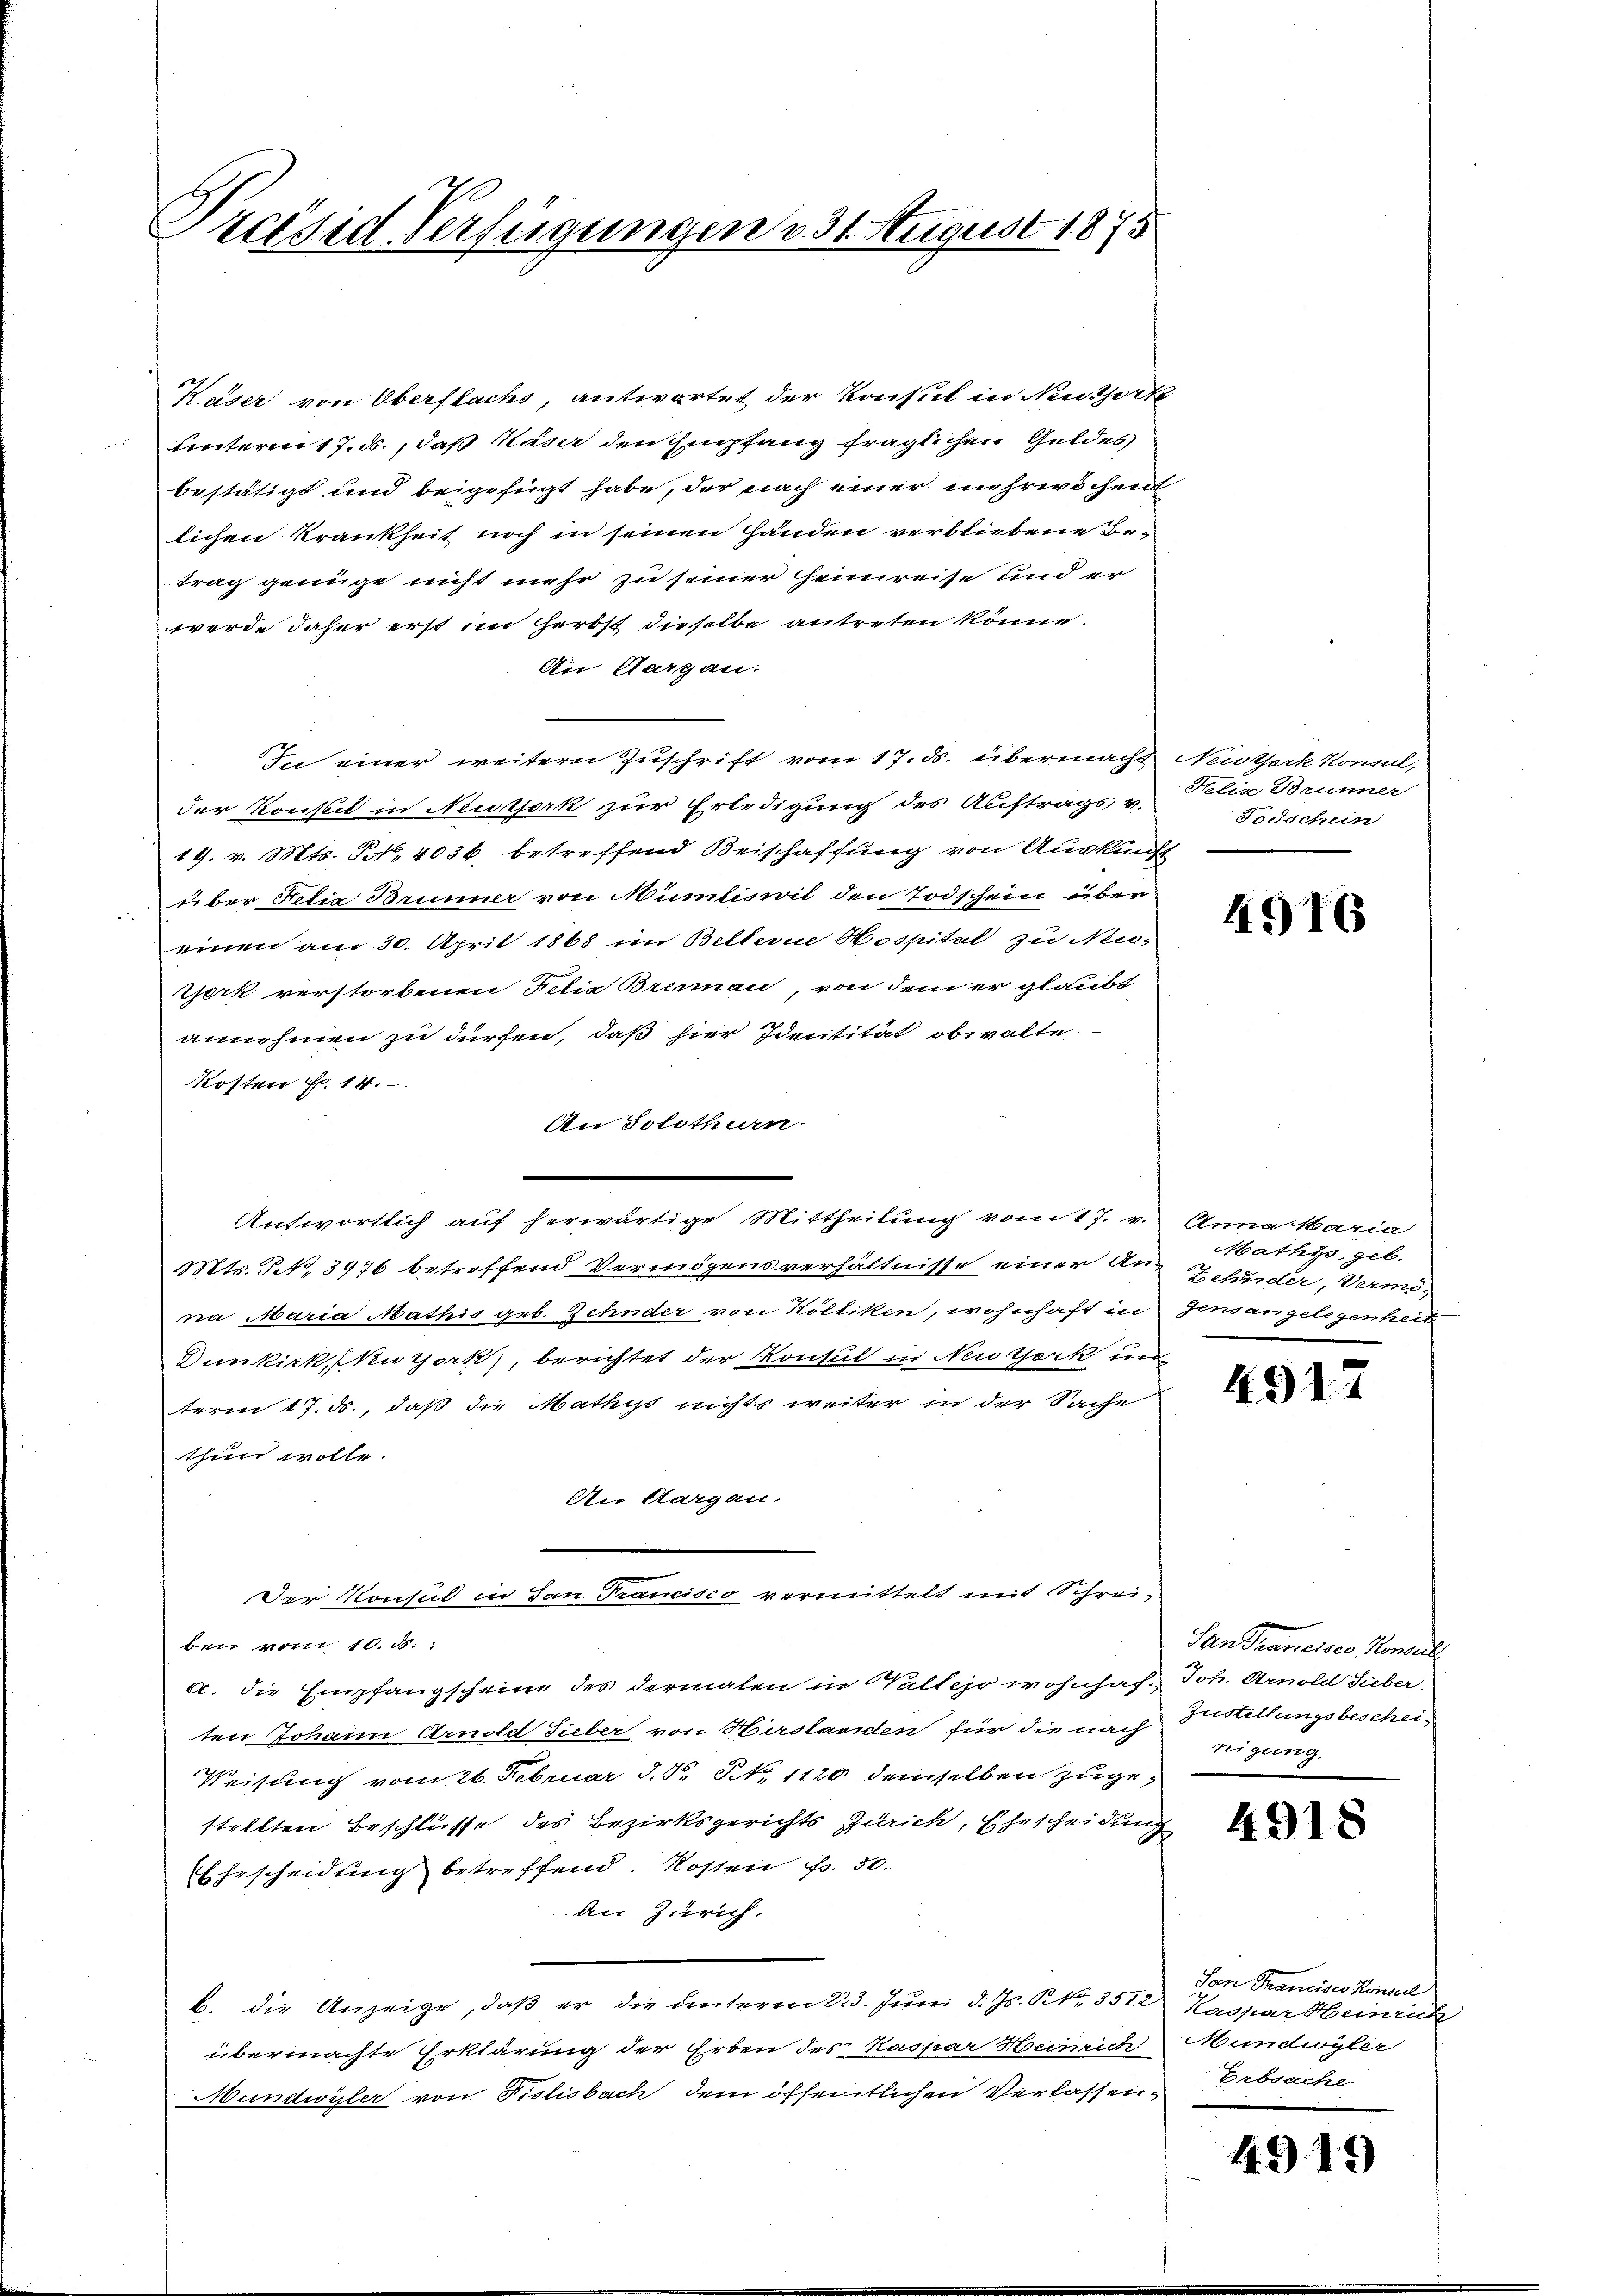
Präsid. Verfügungen v. 31 August 1875

Kaser von Oberflachs, antwortet der Konsul in Neuthork
unterm 17. ds., daß Kaser den Empfang fraglichen Geldes
bestätigt und beigefügt habe, der nach einer mehrwöchen
lichen Krankheit noch in seinen Händen verbliebene Betrag genüge nicht mehr zu seiner Heimreise und er
werde daher erst im Herbst dieselbe antreten könne.
An Aargau.
In einer weitern Zuschrift vom 17. ds. übermacht Neutheck Konsul,
der Konsul in Neuthork zur Erledigung des Auftrags v.
19. v. Mts. S. 4036, betreffend Beischaffung von Auskunft
u der Felix Brunner von Mumliswil den Todschein über
einen am 30. April 1868 im Betterne Hospital zu Neu-
teck verstorbenen Felix Brennen, von dem er glaubt
annehmen zu dürfen, daß hier Identität obwalte.
Kosten Fr. 14.
An Solothurn
Antwortlich auf herwärtige Mittheilung vom 17. v. Anna Maria
Mts. No. 3976 betreffend Vermögensverhältnisse einer Au-Zehnder, Vermina Maria Mathis geb. Zehnder von Kölliken, wohnhaft in densangelegenheit
Dunkirk, Nuzork, berichtet der Konsul in Neuzerk un
term 17. ds., daß die Mathys nichts weiter in der Sache
thun wolle.
An Aargau.
Der Konsul in San Trancisco vermittelt mit Schrei-
ben vom 10. d.
a. die Empfangscheine des dermalen in allejo wohnhaf-
ten Johann Arnold Sieber von Hirslanden für die nach Stellungsbeschei¬
Weisung vom 26. Februar d. J. No 1120 demselben zugestellten Beschlüsse des Bezirksgerichts Zürich, Ehescheidung
Ehescheidung betreffend. Kosten Fr. 50.
an Zürich.
b. die Anzeige, daß er die unterm 23. Juni d. Js. R. Nr. 3512 Kaspar Heinrich
übermachte Erklärung der Erben des Kaspar Heinrich
Mundwyler von Pislisbach dem öffentlichen Verlassen Erbsache

Hiliz-Brünner
Fodschein

4916

Mathys, geb.

4917

San Francisco Konsul
Joh. Arnold Sieber.
tigung.

4918

Seen Trancisco Konseil
Mundwyler

4313)